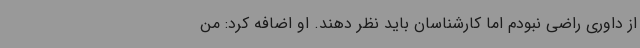
از داوری راضی نبودم اما کارشناسان باید نظر دهند. او اضافه کرد: من